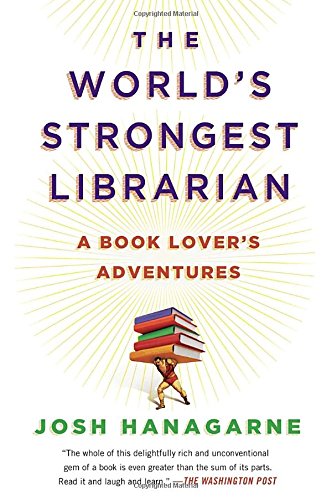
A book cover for The World's Strongest Librarian: A Book Lover's Adventures; Josh Hanagarne; Politics & Social Sciences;